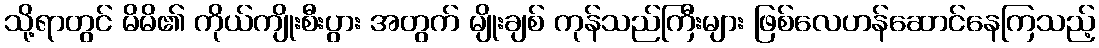
သို့ရာတွင် မိမိ၏ ကိုယ်ကျိုးစီးပွား အတွက် မျိုးချစ် ကုန်သည်ကြီးများ ဖြစ်လေဟန်ဆောင်နေကြသည့်